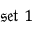
\mathfrak { s e t \ 1 }